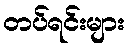
တပ်ရင်းများ